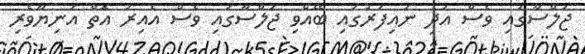
ޖަލްސާގައި ވެސް އަދި ނައިފަރުގައި ބޭއްވި ޖަލްސާގައި ވެސް އެއިރު އޮތް އަނިޔާވެރި